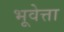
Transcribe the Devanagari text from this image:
भूवेत्ता